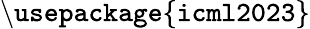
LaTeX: \mathtt{\backslash usepackage\{ icml2023\} }